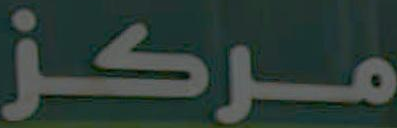
مركز